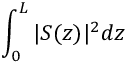
\int _ { 0 } ^ { L } \vert S ( z ) \vert ^ { 2 } d z